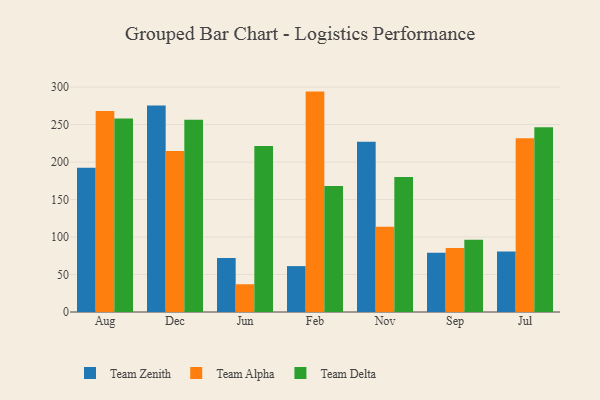
{"axis": {"x": "Month", "y": "Active Users"}, "legend": ["Team Alpha", "Team Delta", "Team Zenith"], "data": [{"x": "Aug", "y": 192.5, "type": "Team Zenith"}, {"x": "Aug", "y": 268.1, "type": "Team Alpha"}, {"x": "Aug", "y": 258.2, "type": "Team Delta"}, {"x": "Dec", "y": 275.4, "type": "Team Zenith"}, {"x": "Dec", "y": 214.7, "type": "Team Alpha"}, {"x": "Dec", "y": 256.4, "type": "Team Delta"}, {"x": "Jun", "y": 72.1, "type": "Team Zenith"}, {"x": "Jun", "y": 37.0, "type": "Team Alpha"}, {"x": "Jun", "y": 221.5, "type": "Team Delta"}, {"x": "Feb", "y": 61.2, "type": "Team Zenith"}, {"x": "Feb", "y": 294.0, "type": "Team Alpha"}, {"x": "Feb", "y": 168.0, "type": "Team Delta"}, {"x": "Nov", "y": 227.0, "type": "Team Zenith"}, {"x": "Nov", "y": 113.8, "type": "Team Alpha"}, {"x": "Nov", "y": 180.0, "type": "Team Delta"}, {"x": "Sep", "y": 79.1, "type": "Team Zenith"}, {"x": "Sep", "y": 85.3, "type": "Team Alpha"}, {"x": "Sep", "y": 96.3, "type": "Team Delta"}, {"x": "Jul", "y": 80.6, "type": "Team Zenith"}, {"x": "Jul", "y": 231.9, "type": "Team Alpha"}, {"x": "Jul", "y": 246.6, "type": "Team Delta"}]}